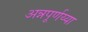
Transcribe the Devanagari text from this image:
अन्नपूर्णय्या